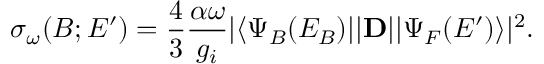
\sigma _ { \omega } ( B ; E ^ { \prime } ) = \frac { 4 } { 3 } \frac { \alpha \omega } { g _ { i } } | \langle \Psi _ { B } ( E _ { B } ) | | \mathbf { D } | | \Psi _ { F } ( E ^ { \prime } ) \rangle | ^ { 2 } .